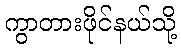
ကွာတားဖိုင်နယ်သို့